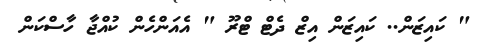
" ކައިޒަން.. ކައިޒަން އިޒް ދެޓް ޓްރޫ " އެއަންހެން ކުއްޖާ ހާސްކަން